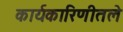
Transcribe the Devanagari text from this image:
कार्यकारिणीतले